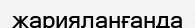
жарияланғанда